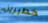
خطيرين